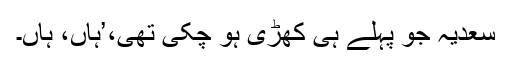
سعدیہ جو پہلے ہی کھڑی ہو چکی تھی،’ہاں، ہاں۔